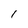
Character: I